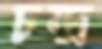
চন্দ্র